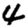
Digit: 4